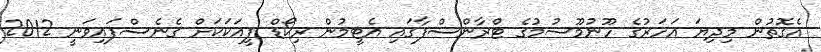
އެގޮތުން މިދިޔަ އަހަރުގެ ހޫނުމޫސުމުގެ ޓްރާންސްފާގައި އެޓީމުން ރިކޯޑް ފީއަކަކަށް ގެނެސްފައިވަނީ 2012